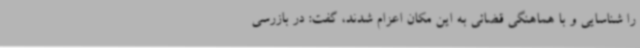
را شناسایی و با هماهنگی قضائی به این مکان اعزام شدند، گفت: در بازرسی